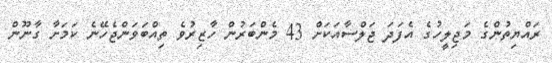
ރައްޔިތުންގެ މަޖިލީހުގެ އެފަދަ ޖަލްސާއަަކަށް 43 މެންބަރުން ހާޒިރުވެ ތިއްބަވަންޖެހޭނެ ކަމަށާ ގާނޫން